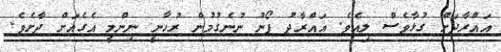
އައްރާދަށް ގުޅާވެސް ލިއެވެ. އައްރާދު ފޯނު ނުނެގުމުން ރުހާނީ ނިންމީ އެގެއަށް ދާށެވެ.